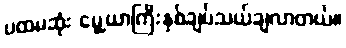
ပထမဆုံး မွေ့ယာကြီးနှစ်ချပ်သယ်ချလာတယ်။